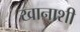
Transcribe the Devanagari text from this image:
खानाशी